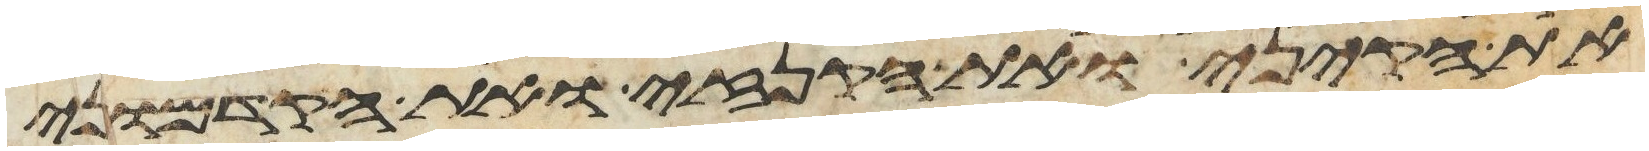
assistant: את הקיני ואת הקנזי ואת הקדמוני